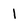
Character: I